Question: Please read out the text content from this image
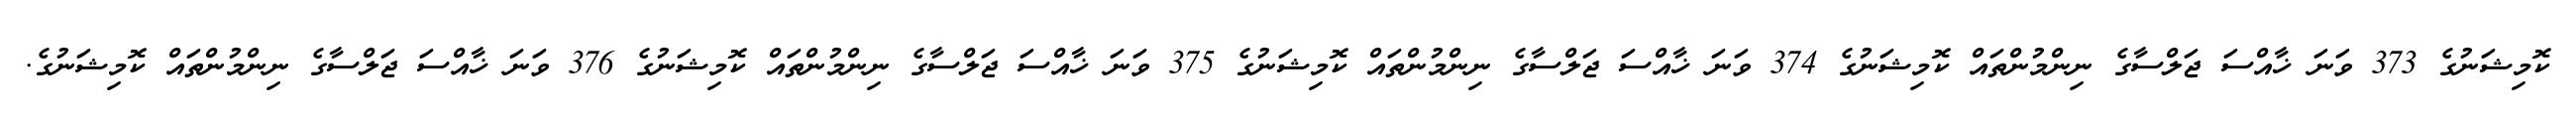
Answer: ކޮމިޝަނުގެ 373 ވަނަ ޚާއްސަ ޖަލްސާގެ ނިންމުންތައް ކޮމިޝަނުގެ 374 ވަނަ ޚާއްސަ ޖަލްސާގެ ނިންމުންތައް ކޮމިޝަނުގެ 375 ވަނަ ޚާއްސަ ޖަލްސާގެ ނިންމުންތައް ކޮމިޝަނުގެ 376 ވަނަ ޚާއްސަ ޖަލްސާގެ ނިންމުންތައް ކޮމިޝަނުގެ.